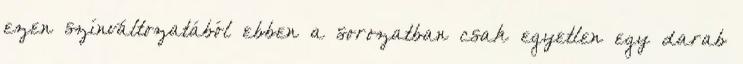
ezen színváltozatából ebben a sorozatban csak egyetlen egy darab